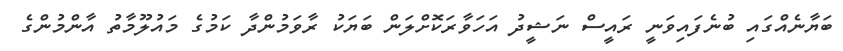
ބަޔާނެއްގައި ބުނެފައިވަނީ ރައީސް ނަޝީދު އަހަވާރަކޮށްލަން ބަޔަކު ރާވަމުންދާ ކަމުގެ މައުލޫމާތު އާންމުންގެ